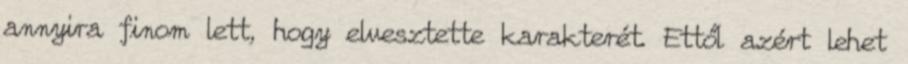
annyira finom lett, hogy elvesztette karakterét. Ettől azért lehet